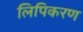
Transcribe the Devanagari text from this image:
लिपिकरण